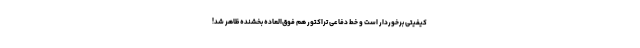
کیفیتی برخوردار است و خط دفاعی تراکتور هم فوق‌العاده بخشنده ظاهر شد!